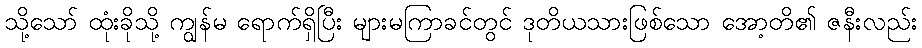
သို့သော် ထုံးခိုသို့ ကျွန်မ ရောက်ရှိပြီး များမကြာခင်တွင် ဒုတိယသားဖြစ်သော အော့တိ၏ ဇနီးလည်း